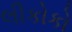
લીકોકો